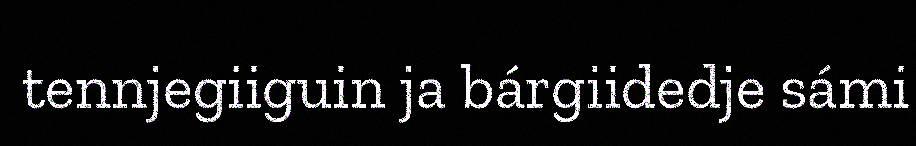
tennjegiiguin ja bárgiidedje sámi